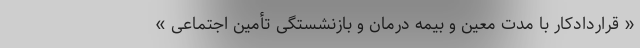
« قراردادکار با مدت معین و بیمه درمان و بازنشستگی تأمین اجتماعی »